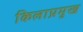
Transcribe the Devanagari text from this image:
किलाप्रमुख